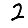
Digit: 2